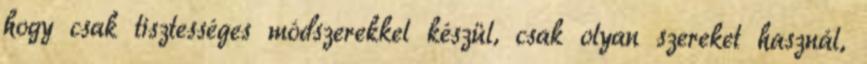
hogy csak tisztességes módszerekkel készül, csak olyan szereket használ,